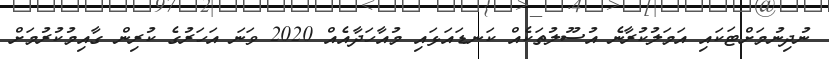
ނުދިނުމަށްޓަކައި އަމަލުކުރާނެ އުސޫލުތަކެއް ކަނޑައަޅައި މުއާހަދާއެއް 2020 ވަނަ އަހަރުގެ ކުރިން ގާއިމުކުރުމަށް